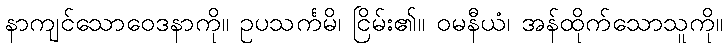
နာကျင်သောဝေဒနာကို။ ဥပသင်္ကမိ၊ ငြိမ်း၏။ ဝမနီယံ၊ အန်ထိုက်သောသူကို။